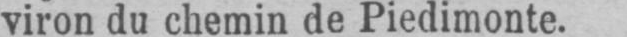
viron du chemin de Piedimonte.